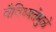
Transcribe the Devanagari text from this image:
वैविध्यतेमुळे